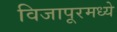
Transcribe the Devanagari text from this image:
विजापूरमध्ये